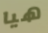
هيا